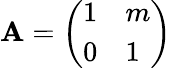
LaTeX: \mathbf{A}={\left(\begin{array}{ll}{1}&{m}\\ {0}&{1}\end{array}\right)}